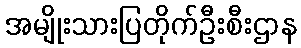
အမျိုးသားပြတိုက်ဦးစီးဌာန